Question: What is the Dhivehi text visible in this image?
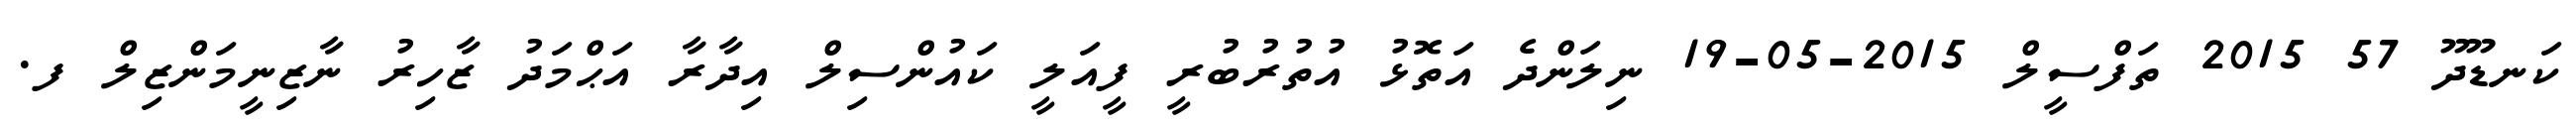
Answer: ކަނޑޫދޫ 57 2015 ތަފްސީލް 2015-05-19 ނިލަންދެ އަތޮޅު އުތުރުބުރީ ފީއަލީ ކައުންސިލް އިދާރާ އަޙްމަދު ޒާހިރު ނާޒިނީމަންޒިލް ފ.